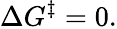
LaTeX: \Delta G^{\ddagger}=0.